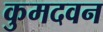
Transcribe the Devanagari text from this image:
कुमदवन